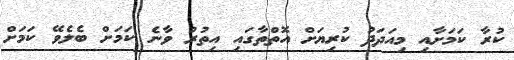
ކުރާ ކަމަށާއި މިއަދަދު ކުރިޔަށް އޮތްތާގައި އިތުރު ވާނެ ކަމަށް ބެެލެވޭ ކަމަށް